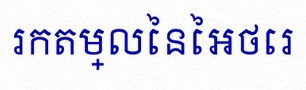
រកតម្លៃនៃអថេរ